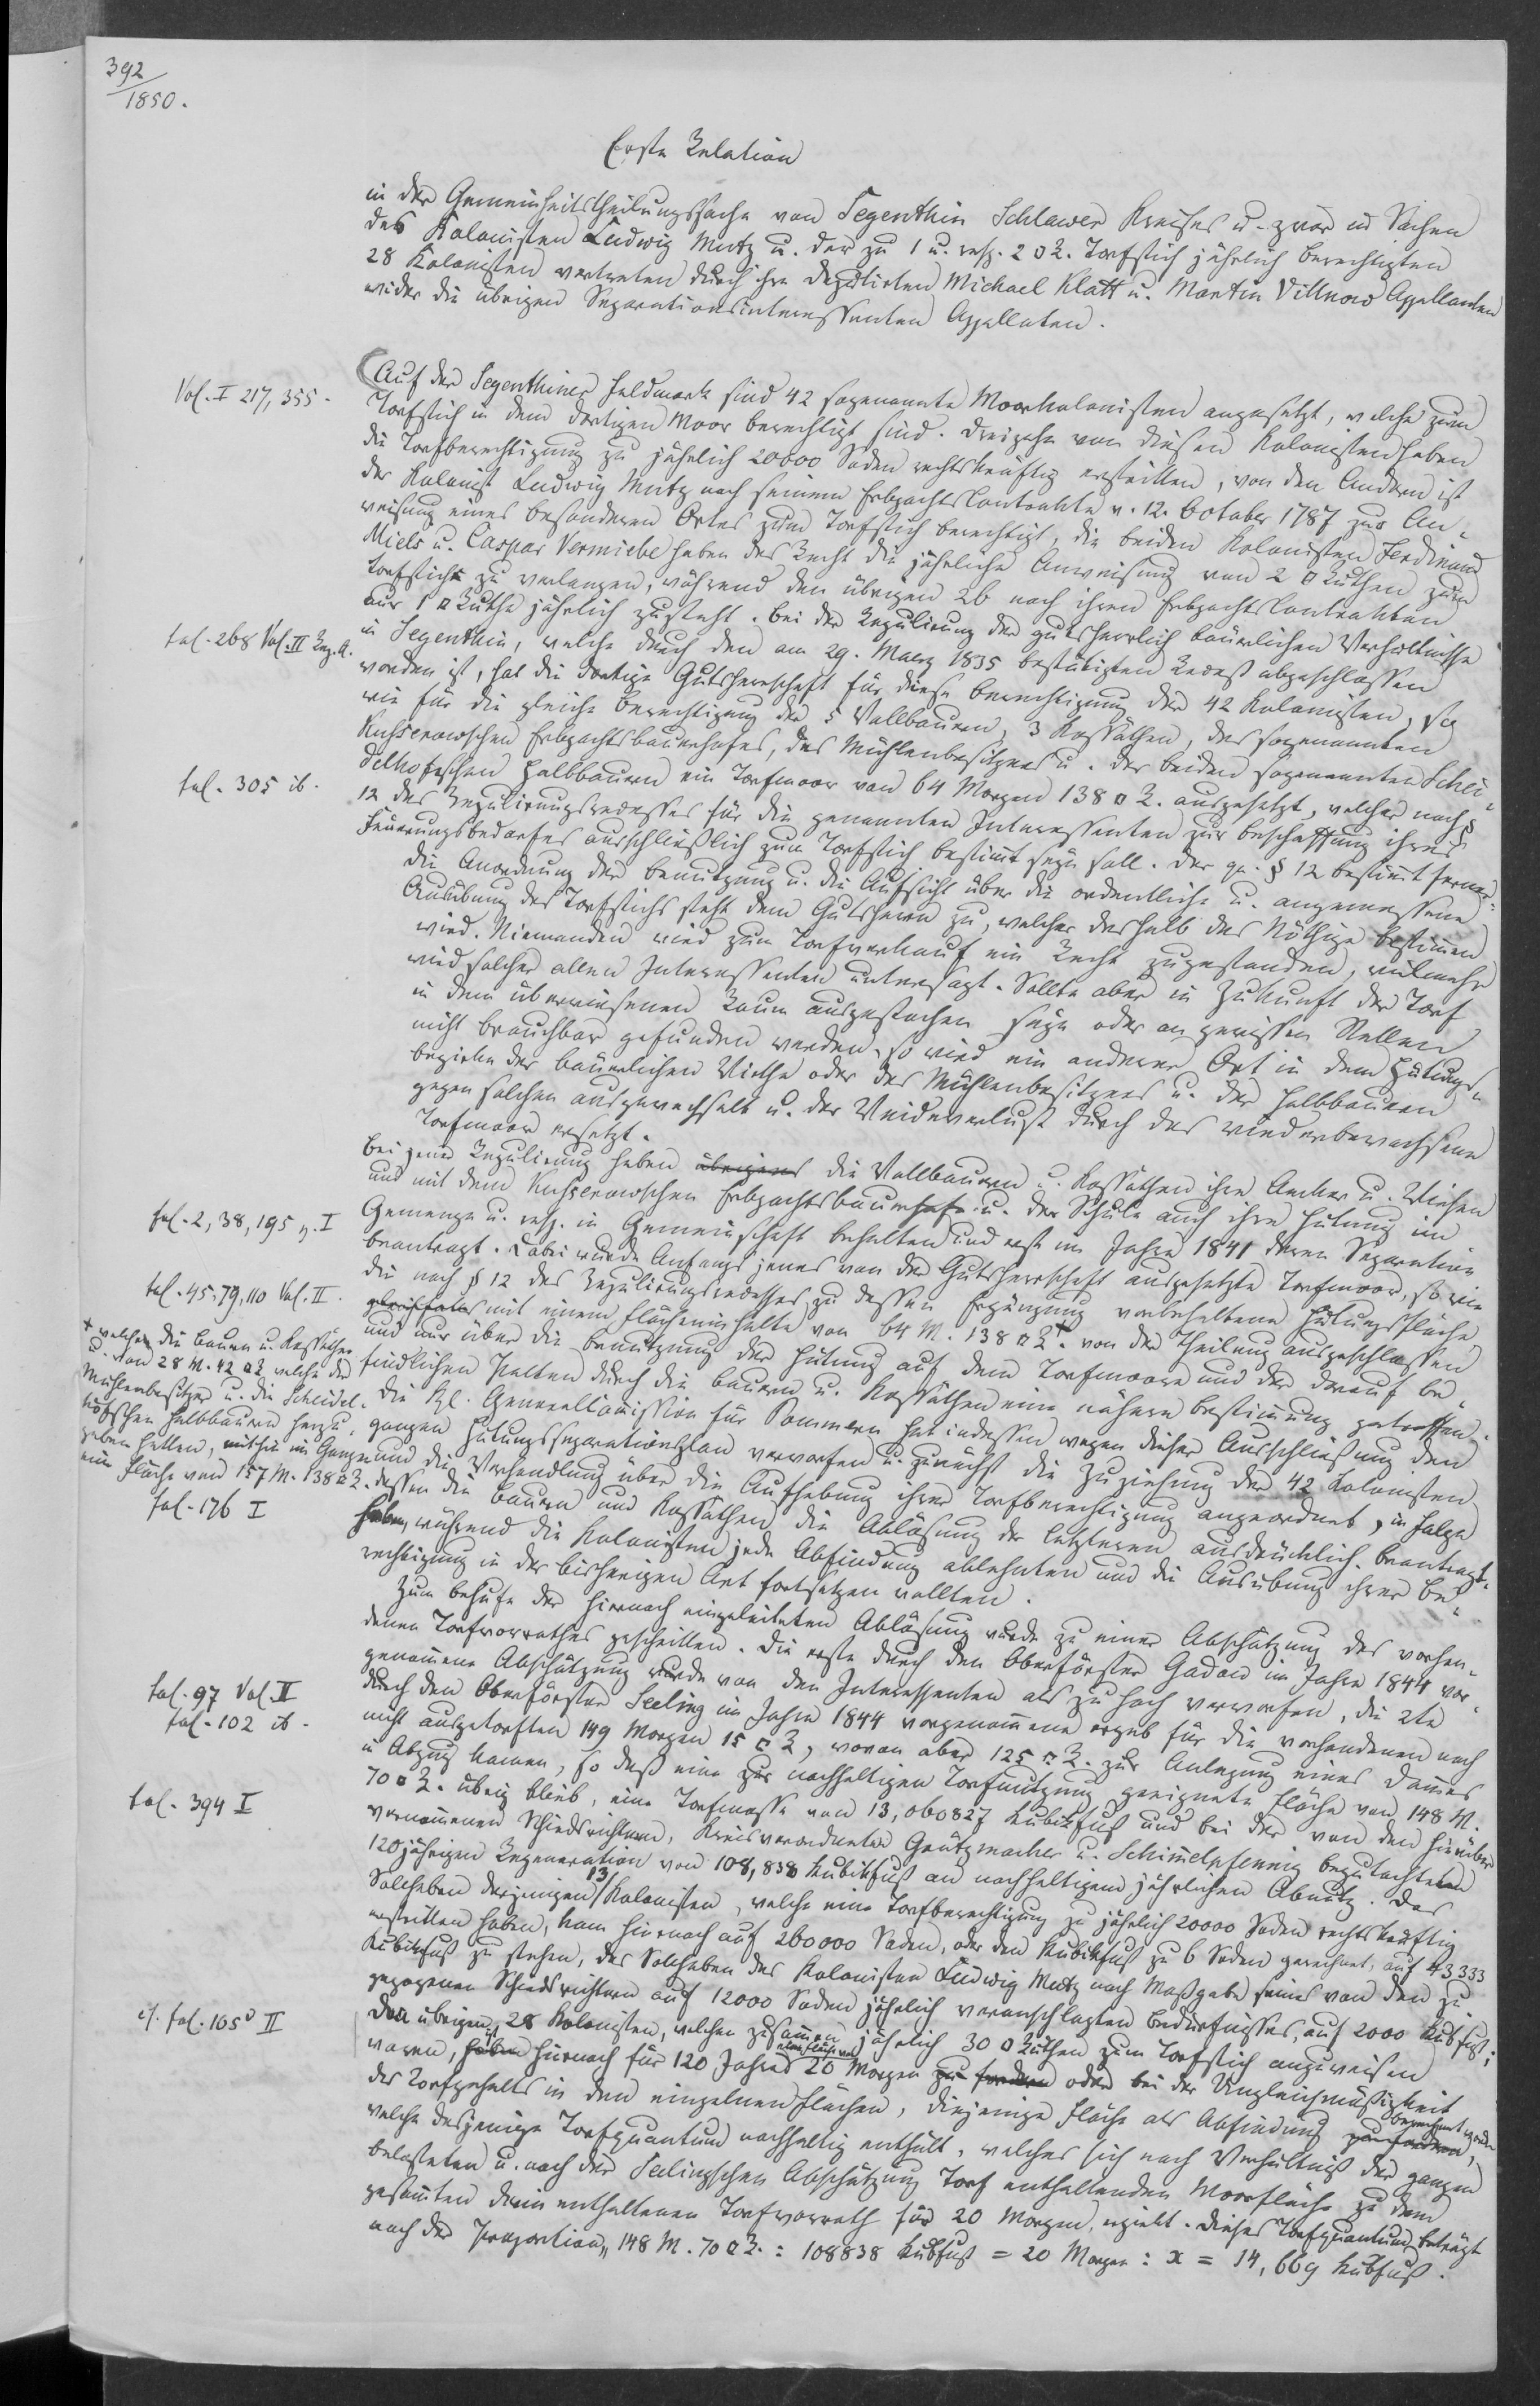
392/
1850.

Erste Relation
in der Gemeinheitstheilungssache von Segenthin Schlawer Kreises u. zwar in Sachen
des Kolonisten Ludwig Mutz u. der zu 1 u. resp. 2 ⁠ R. Torfstich jährlich berechtigten
28 Kolonisten vertreten durch ihre Deputirten Michael Klatt u. Martin Villnow Appellanden
wider die übrigen Separationsinteressenten Appellaten.
Auf der Segenthiner Feldmark sind 42 sogenannte Moorkolonisten angesetzt, welche zum
Torfstich in dem dortigen Moor berechtigt sind. Dreizehn von diesen Kolonisten haben
die Torfberechtigung zu jährlich 20000 Soden rechtskräftig erstritten, von den Andern ist
der Kolonist Ludwig Mutz nach seinem Erbpachts Contrakte v. 12. October 1787 zur An¬
weisung eines besonderen Ortes zum Torfstich berechtigt, die beiden Kolonisten Ferdinand
Miels u. Caspar Vermiebe haben das Recht die jährliche Anweisung von 2 ⁠ Ruthen zum
Torfstich zu verlangen, während den übrigen 20 nach ihren Erbpachts Contrakten
nur 1 ⁠ Ruthe jährlich zusteht. Bei der Regulirung der gutsherrlich bäuerlichen Verhältnisse
in Segenthin, welche durch den am 29. Maerz 1835 bestätigten Rezeß abgeschlossen
worden ist, hat die dortige Gutsherrschaft für diese Berechtigung der 42 Kolonisten, so
wie für die gleiche Berechtigung der 5 Vollbauern, 3 Kossäthen, des sogenannten
Kusserowschen Erbpachtsbauernhofes, des Mühlenbesitzers u. der beiden sogenannten Schei¬
delkofeschen Halbbauern ein Torfmoor von 64 Morgen 138 ⁠ R. ausgesetzt, welcher nach §
12 des Regulirungsrezesses für die genannten Interessenten zur Beschaffung ihres
Feuerungsbedarfes ausschließlich zum Torfstich bestimmt seyn soll. Der ge. § 12 bestimmt ferner
die Anordnung der Benutzung u. die Aufsicht über die ordentliche u. angemessene
Ausübung des Torfstichs steht dem Gutsherrn zu, welcher deshalb das Nöthige bestimmen
wird. Niemanden wird zum Torfverkauf ein Recht zugestanden, vielmehr
wird solcher allen Interessenten untersagt. Sollte aber in Zukunft der Torf
in dem überwiesenen Raum auszustechen seyn oder gewissen Stellen
nicht brauchbar gefunden werden, so wird ein anderer Ort in dem Hütungs¬
bezirke der bäuerlichen Wirthe oder des Mühlenbesitzers u. der Halbbauern
gegen solchen ausgewechselt u. der Weideverlust durch das weidenbewachsene
Torfmoor ersetzt.
Bei jener Regulirung haben übrigens die Vollbauern u. Kossäthen ihre Aecker u. Wiesen
und mit dem Kusserowschen Erbpachtsbauernhofe u. der Schule auch ihre Hütung im
Gemenge u. resp. in Gemeinschaft behalten und erst im Jahre 1841 deren Separation
beantragt. Dabei wurde Anfangs jenes von der Gutsherrschaft ausgesetzte Torfmoor, so wie
die nach § 12 des Regulirungsrecesses zu dessen Ergänzung vorbehaltene Hütungsfläche
gleichfalls mit einem Flächeninhalte von 64 M. 138 ⁠ R. von der Theilung ausgeschlossen
und nur über die Benutzung der Hütung auf dem Torfmoor und der darauf be¬
findlichen xxx durch die Bauern u. Kossäthen eine nähere Bestimmung getroffen.
Die kl. Generalcommission für Pommern hat indessen wegen dieser Ausschließung den
ganzen Hütungsseparationsplan verworfen u. zunächst die Zuziehung der 42 Kolonisten
und die Verhandlung über die Aufhebung ihrer Torfberechtigung angeordnet, in Folge
dessen die Bauern und Kossäthen die Ablösung der letzteren ausdrücklich beantragt
haben, während die Kolonisten jede Abfindung ablehnten und die Ausübung ihrer Be¬
rechtigung in der bisherigen Art fortsetzen wollten.
Zum Behufe der hiernach eingeleiteten Ablösung wurde zu einer Abschätzung des vorhan¬
denen Torfvorrathes geschritten. Die erste durch den Oberförster Gadow im Jahre 1844 vor¬
genommene Abschätzung wurde von den Interessenten als zu hoch verworfen, die 2te
durch den Oberförster Seeling im Jahre 1844 vorgenommene ergab für die vorhandenen noch
nicht ausgetorften 149 Morgen 15 ⁠ R., wovon aber 125 ⁠ R. zur Anlegung eines Dammes
in Abzug kamen, so daß eine zur nachhaltigen Torfnutzung geeignete Fläche von 148 M.
70 ⁠ R. übrig blieb, eine Torfmasse von 13,060827 Kubikfuß und bei der von den hierüber
vernommenen Schiedsrichtern, Kreisverordneten Grützmacher u. Schimmelpfennig begutachteten
120 jährigen Regeneration von 108,838 Kubikfuß an nachhaltigem jährlichen Abnutz. Das
Sollhaben derjenigen 13/ Kolonisten, welche eine Torfberechtigung zu jährlich 20000 Soden rechtskräftig
erstritten haben, kam hiernach auf 260000 Soden, oder den Kubikfuß zu 6 Soden gerechnet, auf 43333
Kubikfuß zu stehen, das Sollhaben des Kolonisten Ludwig Mutz nach Maßgabe seines von den zu¬
gezogenen Schiedsrichtern auf 12000 Soden jährlich veranschlagten Bedürfnisses, auf 2000 Kubfuß.
Den übrigen 28 Kolonisten, welchen zusammen jährlich 30 ⁠ Ruthen zum Torfstich anzuweisen
waren, haben ist hierauf für 120 Jahre eine Fläche von 20 Morgen zu fordern oder bei der Ungleichmäßigkeit
des Torfgehalts in den einzelnen Flächen, diejenige Fläche als Abfindung zu fordern berechnet worden
welche dasjenige Torfquantum nachhaltig enthält, welches sich nach Verhältniß der ganzen
belasteten u. nach der Seelingschen Abschätzung Torf enthaltenden Moorfläche zu dem
gesammten darin enthaltenen Torfvorrath für 20 Morgen, ergiebt. Dieses Torfquantum beträgt
nach der xxx 148 M. 70 ⁠ R.: 108838 Kubfuß = 20 Morgen: x = 14,669 Kubfuß.

Vol. I 217, 355.
fol. 268 Vol. II Reg. A.
fol. 305 ib.
fol. 2, 38, 195 v. I
fol. 45, 79, 110 Vol. II.
+ welchen die Bauern u. Kossäthen
u. von 28 M. 42 ⁠ R. welche der
Mühlenbesitzer u. die Scheidel¬
hofschen Halbbauern herzu¬
geben hatten, mithin im ganzen
eine Fläche von 157 M. 138 ⁠ R.
fol. 176 I
fol. 97 Vol. II
fol. 102 ib.
fol. 394 I
cf. fol. 105v II